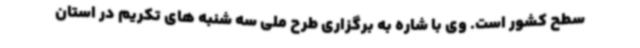
سطح کشور است. وی با شاره به برگزاری طرح ملی سه شنبه های تکریم در استان